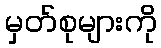
မှတ်စုများကို